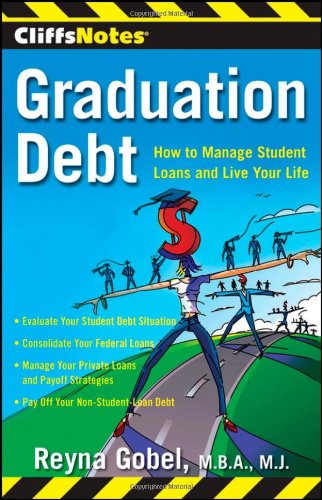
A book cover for CliffsNotes Graduation Debt: How to Manage Student Loans and Live Your Life; Reyna Gobel; Business & Money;